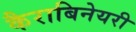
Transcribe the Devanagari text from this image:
कैराबिनेयरी